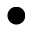
\bullet